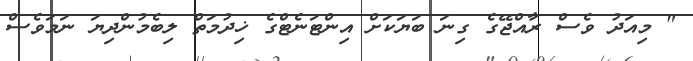
" މިއަދު ވެސް ރާއްޖޭގެ ގިނަ ބަޔަކަށް އިންޓަނެޓްގެ ޚިދުމަތް ލިބެމުންދިޔަ ނަމަވެސް